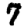
Digit: 7